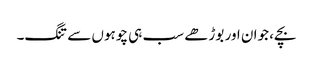
بچے، جوان اور بوڑھے سب ہی چوہوں سے تنگ۔